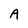
Character: A